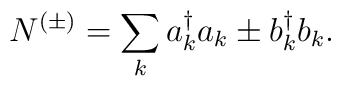
N^{(\pm)}=\sum_{k}a^{\dagger}_k a_k \pm b^{\dagger}_k b_k  .